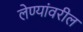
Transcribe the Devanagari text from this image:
लेण्यांवरील